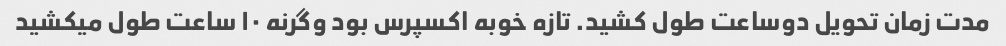
مدت زمان تحویل دوساعت طول کشید. تازه خوبه اکسپرس بود وگرنه ۱۰ ساعت طول میکشید